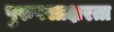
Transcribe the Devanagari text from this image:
पुरुषसाक्षरता